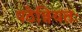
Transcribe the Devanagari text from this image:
पठेन्नियतः